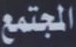
المجتمع